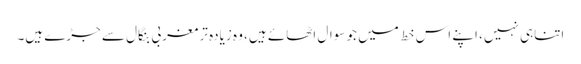
اتناہی نہیں، اپنے اس خط میں جو سوال اٹھائے ہیں، وہ زیادہ تر مغربی بنگال سے جڑے ہیں۔